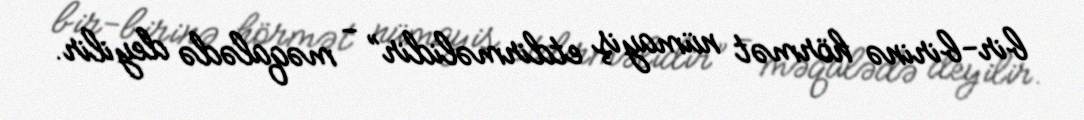
bir-birinə hörmət nümayiş etdirməlidir” - məqalədə deyilir.